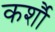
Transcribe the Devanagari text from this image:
कर्शौ